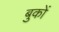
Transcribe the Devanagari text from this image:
बुकों